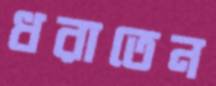
ধরাতেন